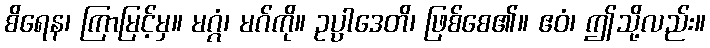
စိရေန၊ ကြာမြင့်မှ။ မဂ္ဂံ၊ မဂ်ကို။ ဥပ္ပါဒေတိ၊ ဖြစ်စေ၏။ ဧဝံ၊ ဤသို့လည်း။